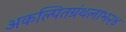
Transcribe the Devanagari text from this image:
अकल्पितग्रंथलाभ२४